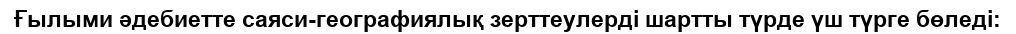
Ғылыми әдебиетте саяси-географиялық зерттеулерді шартты түрде үш түрге бөледі: